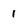
Character: 1